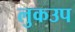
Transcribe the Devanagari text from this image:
लुकउप